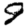
Digit: 9